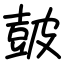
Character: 皷